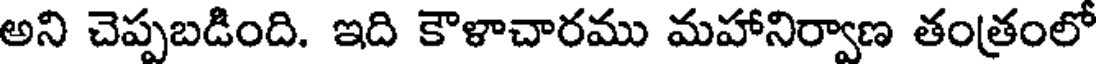
అని చెప్పబడింది. ఇది కౌళాచారము మహానిర్వాణ తంత్రంలో